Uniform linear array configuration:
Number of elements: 12
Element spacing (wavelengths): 0.75
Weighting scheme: exponential
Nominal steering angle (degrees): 0
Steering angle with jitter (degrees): -1.62
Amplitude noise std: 0.05
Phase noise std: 0.05

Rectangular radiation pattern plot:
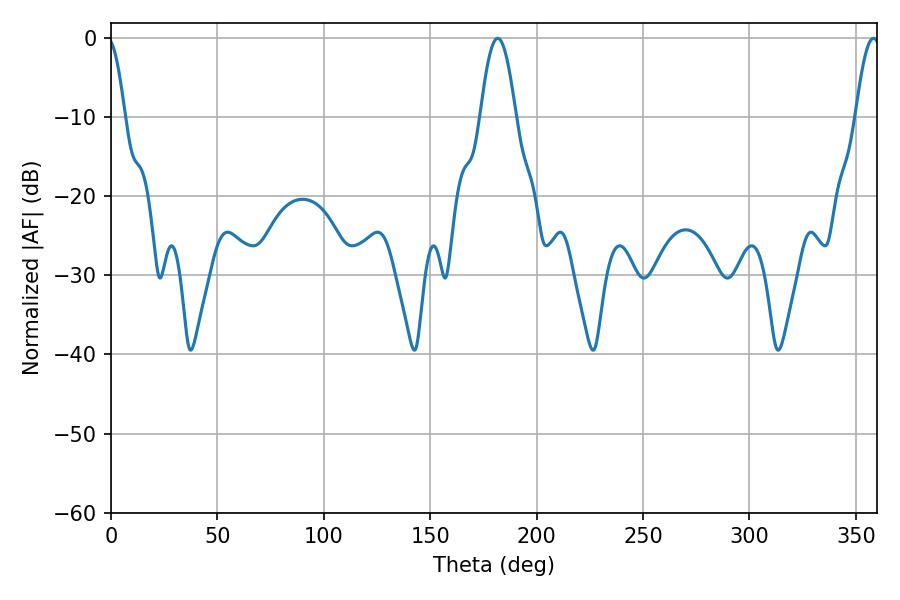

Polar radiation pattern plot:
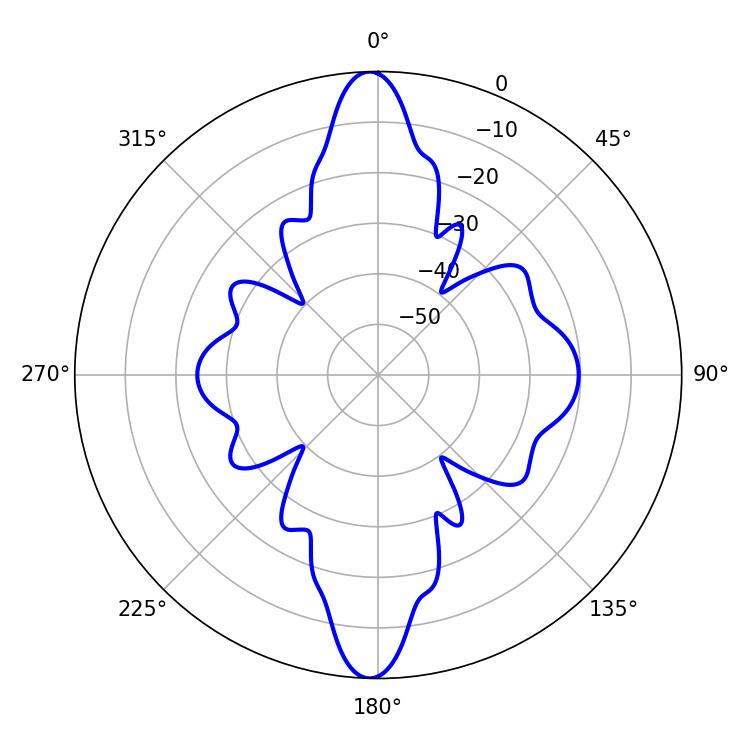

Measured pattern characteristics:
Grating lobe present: TRUE
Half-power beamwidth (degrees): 6.3
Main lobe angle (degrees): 358.2